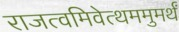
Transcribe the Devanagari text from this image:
राजत्वमिवेत्थममुमर्थं